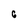
Character: 6